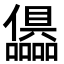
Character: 𭌷